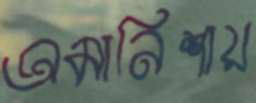
অমানিশায়